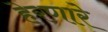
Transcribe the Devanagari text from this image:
हेरणारे